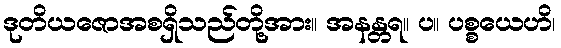
ဒုတိယဇောအစရှိသည်တို့အား။ အနန္တရ။ ပ။ ပစ္စယေဟိ၊